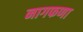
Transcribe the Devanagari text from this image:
नागफणा